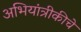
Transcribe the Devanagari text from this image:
अभियांत्रीकीचे